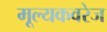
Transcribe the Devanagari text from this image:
मूल्यकवरेज